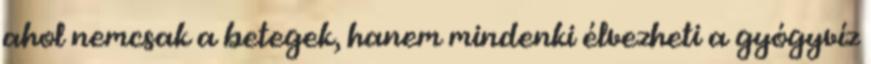
ahol nemcsak a betegek, hanem mindenki élvezheti a gyógyvíz